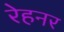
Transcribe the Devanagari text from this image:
रेहनर